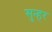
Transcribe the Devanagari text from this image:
सुन्हर